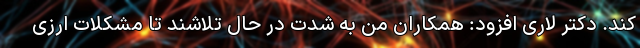
‌کند. دکتر لاری افزود: همکاران من به شدت در حال تلاشند تا مشکلات ارزی